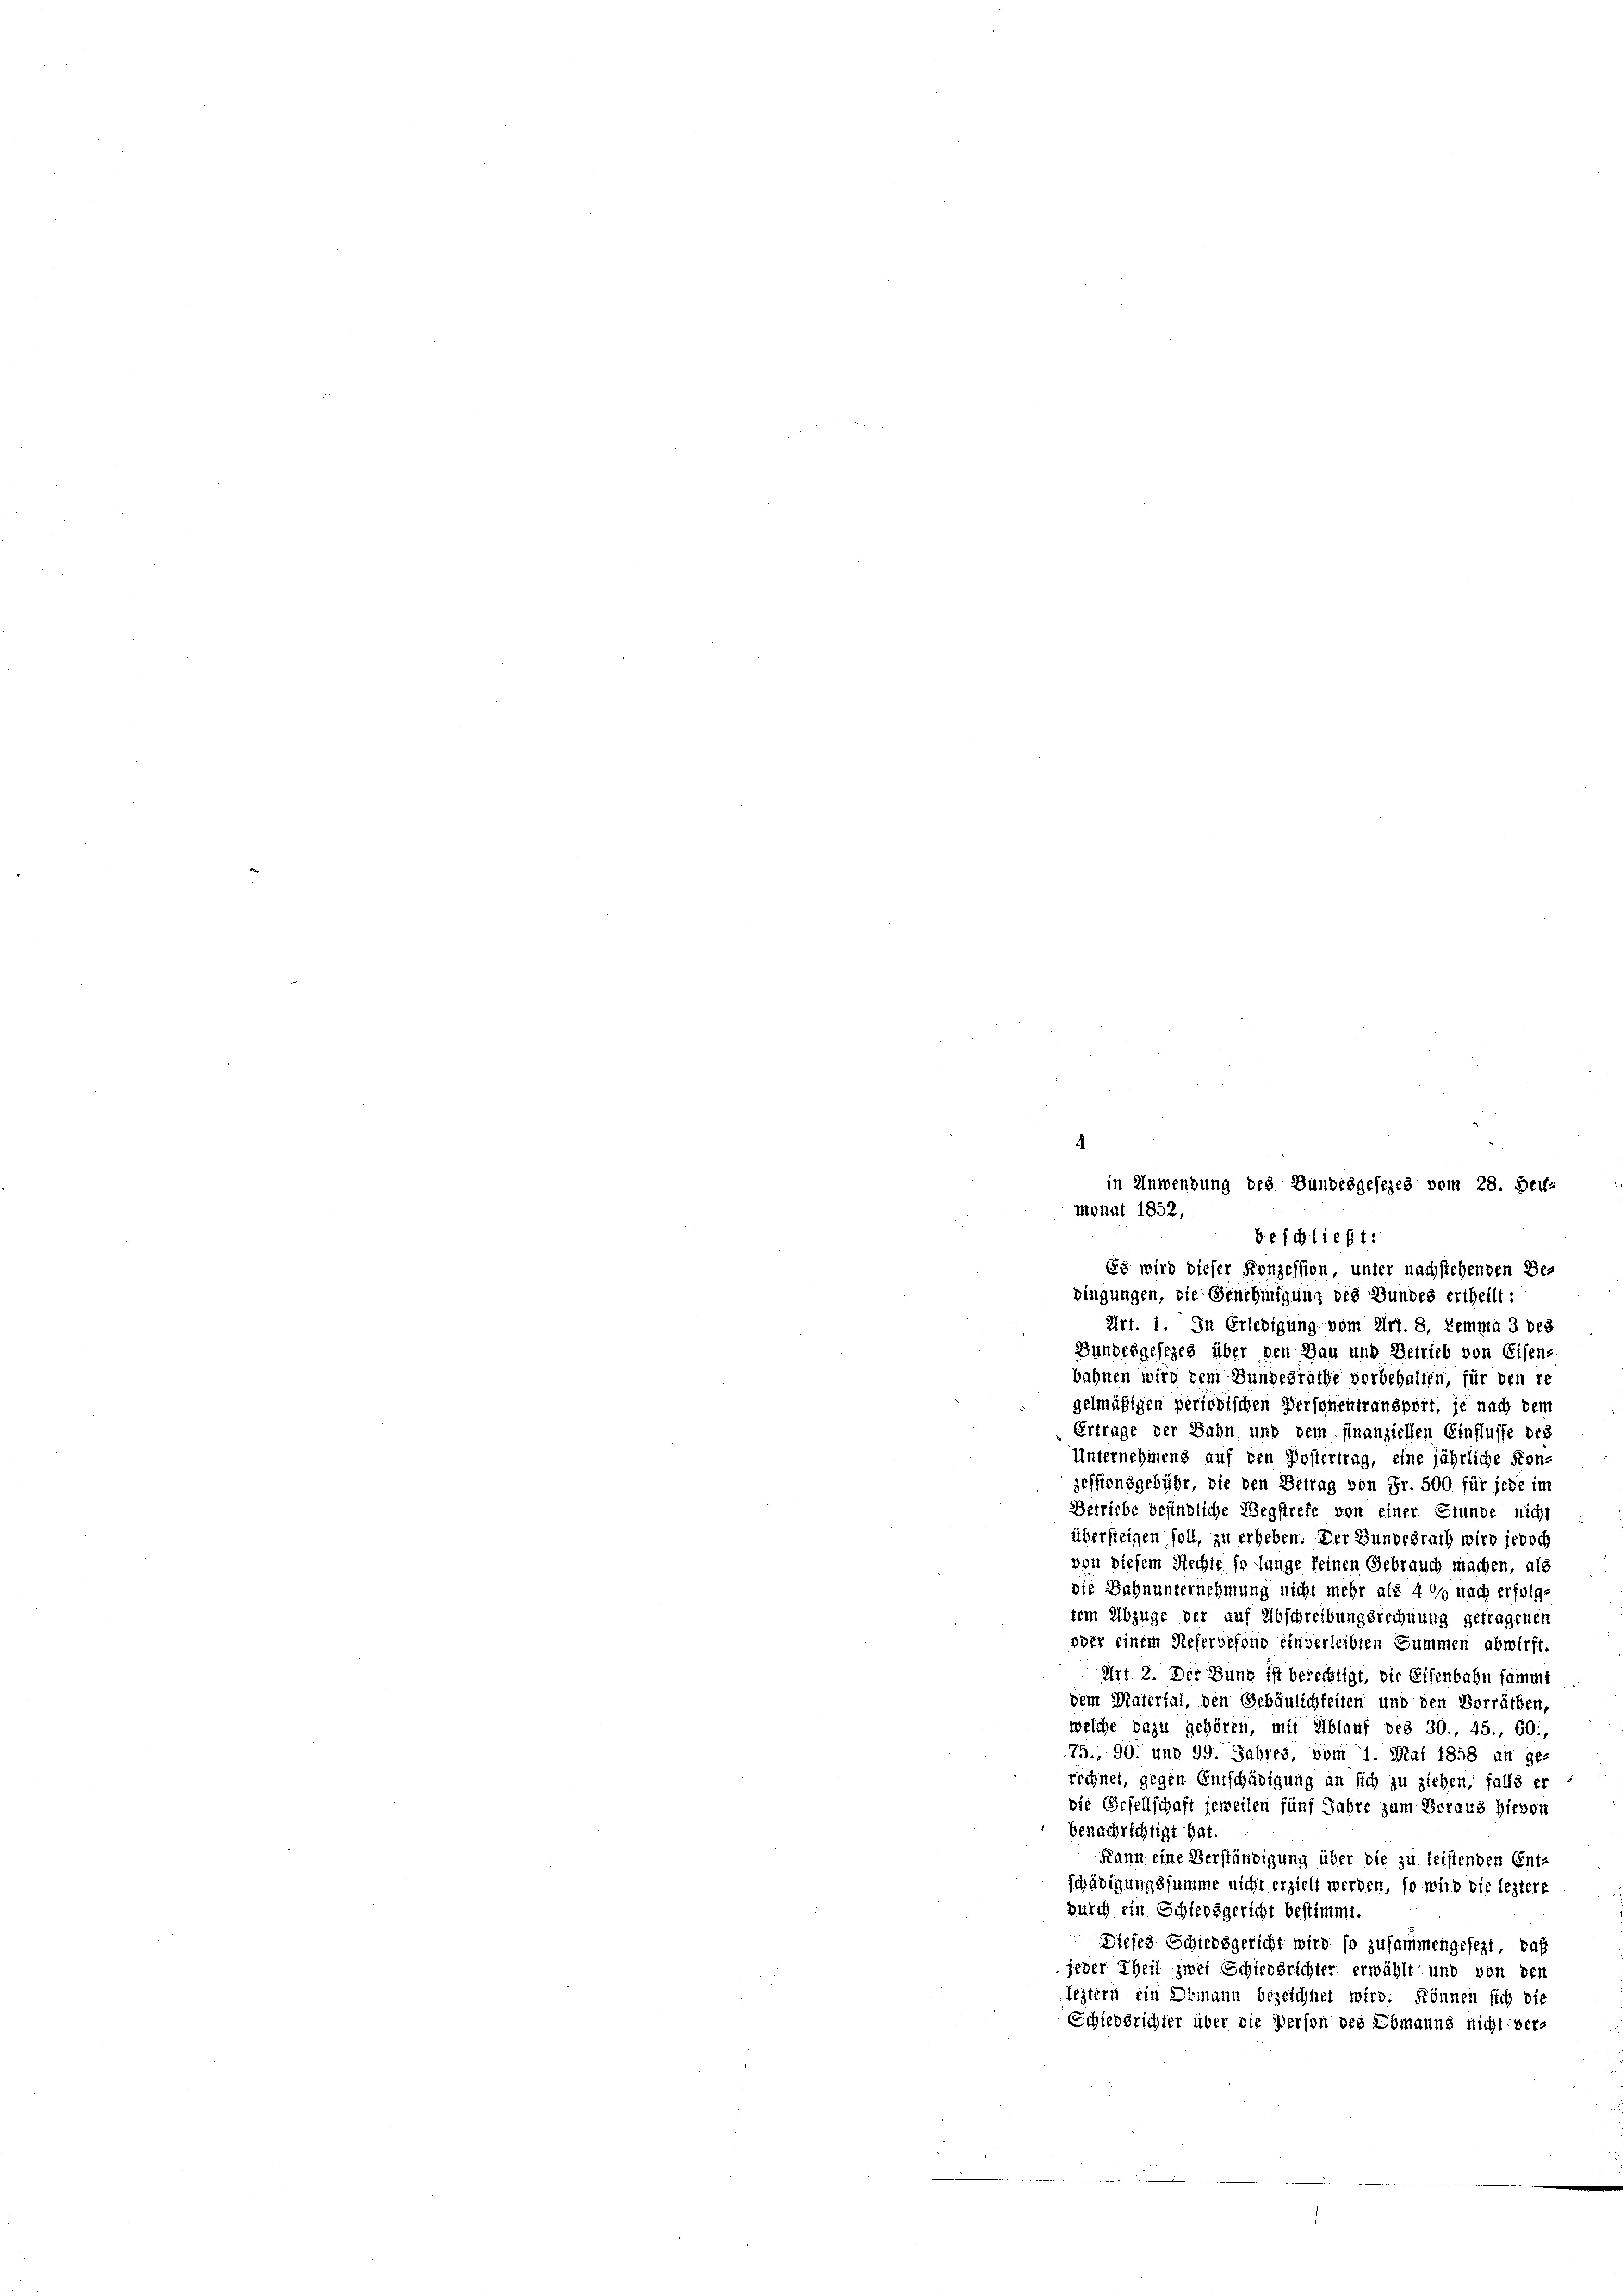
Es wird dieser Konzession, unter nachstehenden Bepingungen, die Genehmigung des Bundes ertheilt:
Art. 1. In Erledigung vom Art. 8, Lemma 3 des
Bundesgesezes über den Bau und Betrieb von Eisen-
bähnen wird dem Bundesrathe vorbehalten, für den re
gelmäßigen periodischen Personentransport, je nach den
Ertrage der Bahn und dem finanziellen Einflusse des
Unternehmens auf den Postertrag, eine jährliche Kon-
zessionsgebühr, die den Betrag von Fr. 500. für jede im
Betriebe befindliche Wegstrefe von einer Stunde nicht
übersteigen soll, zu erheben. Der Bundesrath wird jedoch
von diesem Rechte so lange feinen Gebrauch machen, als
die Bahnunternehmung nicht mehr als 40% nach erfolge
tem Abzüge der auf Abschreibungsrechnung getragenen
oder einem Rieservefond einverleibten Summen abwirft.
Art. 2. Der Bund ist berechtigt, die Eisenbahn sammt
dem Material, den Gebäulichkeiten und den Vorräthen,
welche dazu gehören, mit Ablauf des 30., 45., 60.
75., 90. und 99. Jahres, vom 1. Mai 1858 an ge-
rechnet, gegen Entschädigung an sich zu ziehen, falls er
die Gesellschaft jeweilen fünf Jahre zum Voraus hievon
benachrichtigt hat.
Kann eine Verständigung über die zu leistenden Ent-
schädigungssumme nicht erzielt werden, so wird die leztere
durch ein Schiedsgericht bestimmt.
Dieses Schiedsgericht wird so zusammengefezt, daß
jeder Theil zwei Schierbrichter erwählt und von den
leztern ein Dumann bezeichnet wird. können sich die
Schiedsrichter über die Person des Obmanns nicht ver-

in Anwendung des Bundesgesezes vom 28. Dec.
monat 1852,
befchließt: